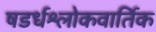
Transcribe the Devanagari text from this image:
षडर्धश्लोकवार्तिक